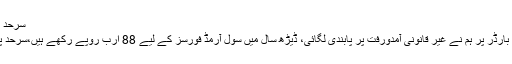
سرحد پر غیر قانونی آمدورفت روکنے کے لیے باڑ لگا رہے ہیں
پاک افغان بارڈر کے معاملے پر انہوں نے کہا کہ طورخم بارڈر پر ہم نے غیر قانونی آمدورفت پر پابندی لگائی، ڈیڑھ سال میں سول آرمڈ فورسز کے لیے 88 ارب روپے رکھے ہیں،سرحد پر غیر قانونی آمدورفت روکنے کے لیے باڑ لگا رہے ہیں۔